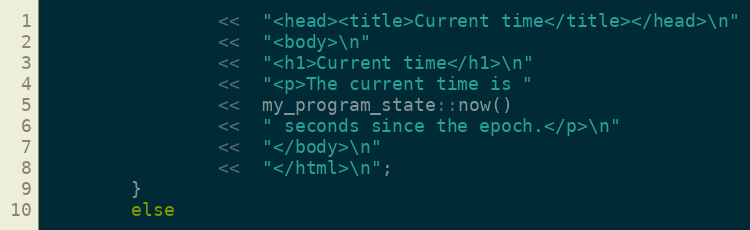
Language: C++
                <<  "<head><title>Current time</title></head>\n"
                <<  "<body>\n"
                <<  "<h1>Current time</h1>\n"
                <<  "<p>The current time is "
                <<  my_program_state::now()
                <<  " seconds since the epoch.</p>\n"
                <<  "</body>\n"
                <<  "</html>\n";
        }
        else